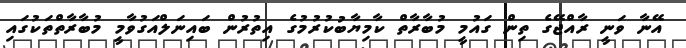
އޭނާ ވަނީ ރާއްޖޭގެ ތިން ގައުމީ މުބާރާތް ކާމިޔާބުކުރުމުގެ އިތުރުން ބައިނަލްއަގުވާމީ މުބާރާތްތަކުގައި